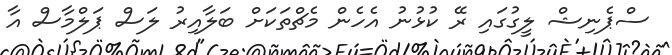
ސްޕެނިޝް ލީގުގައި ރޭ ކުޅުނު އެހެން މެޗްތަކަށް ބަލާއިރު ލަސް ޕަލްމާސް އާ